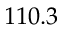
1 1 0 . 3